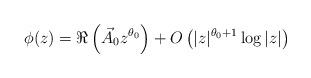
LaTeX: \begin{align*}\phi(z)=\Re\left(\vec{A}_0z^{\theta_0}\right)+O\left(|z|^{\theta_0+1}\log|z|\right)\end{align*}